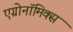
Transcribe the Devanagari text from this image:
एग्रोनॉमिक्स